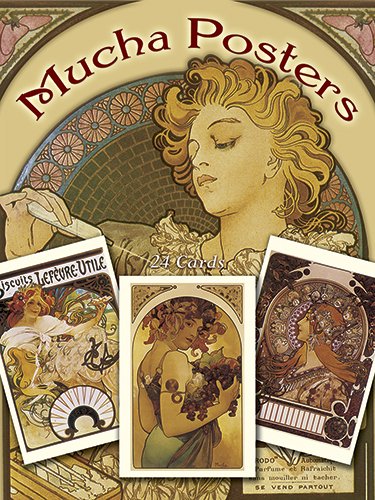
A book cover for Mucha Posters Postcards: 24 Ready-to-Mail Cards (Dover Postcards); Alphonse Maria Mucha; Arts & Photography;